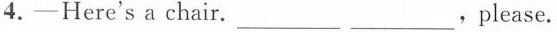
4.-Here's a chair. ___ ___ ,please.